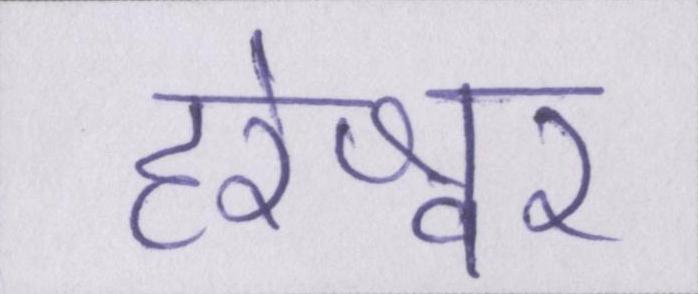
हरेश्वर